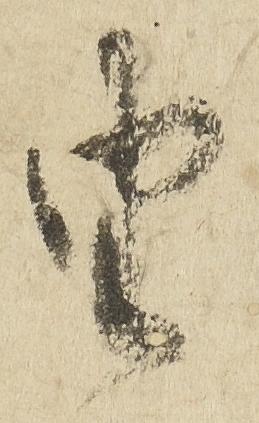
由